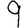
Digit: 9